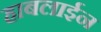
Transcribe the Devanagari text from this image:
हाबलाईन